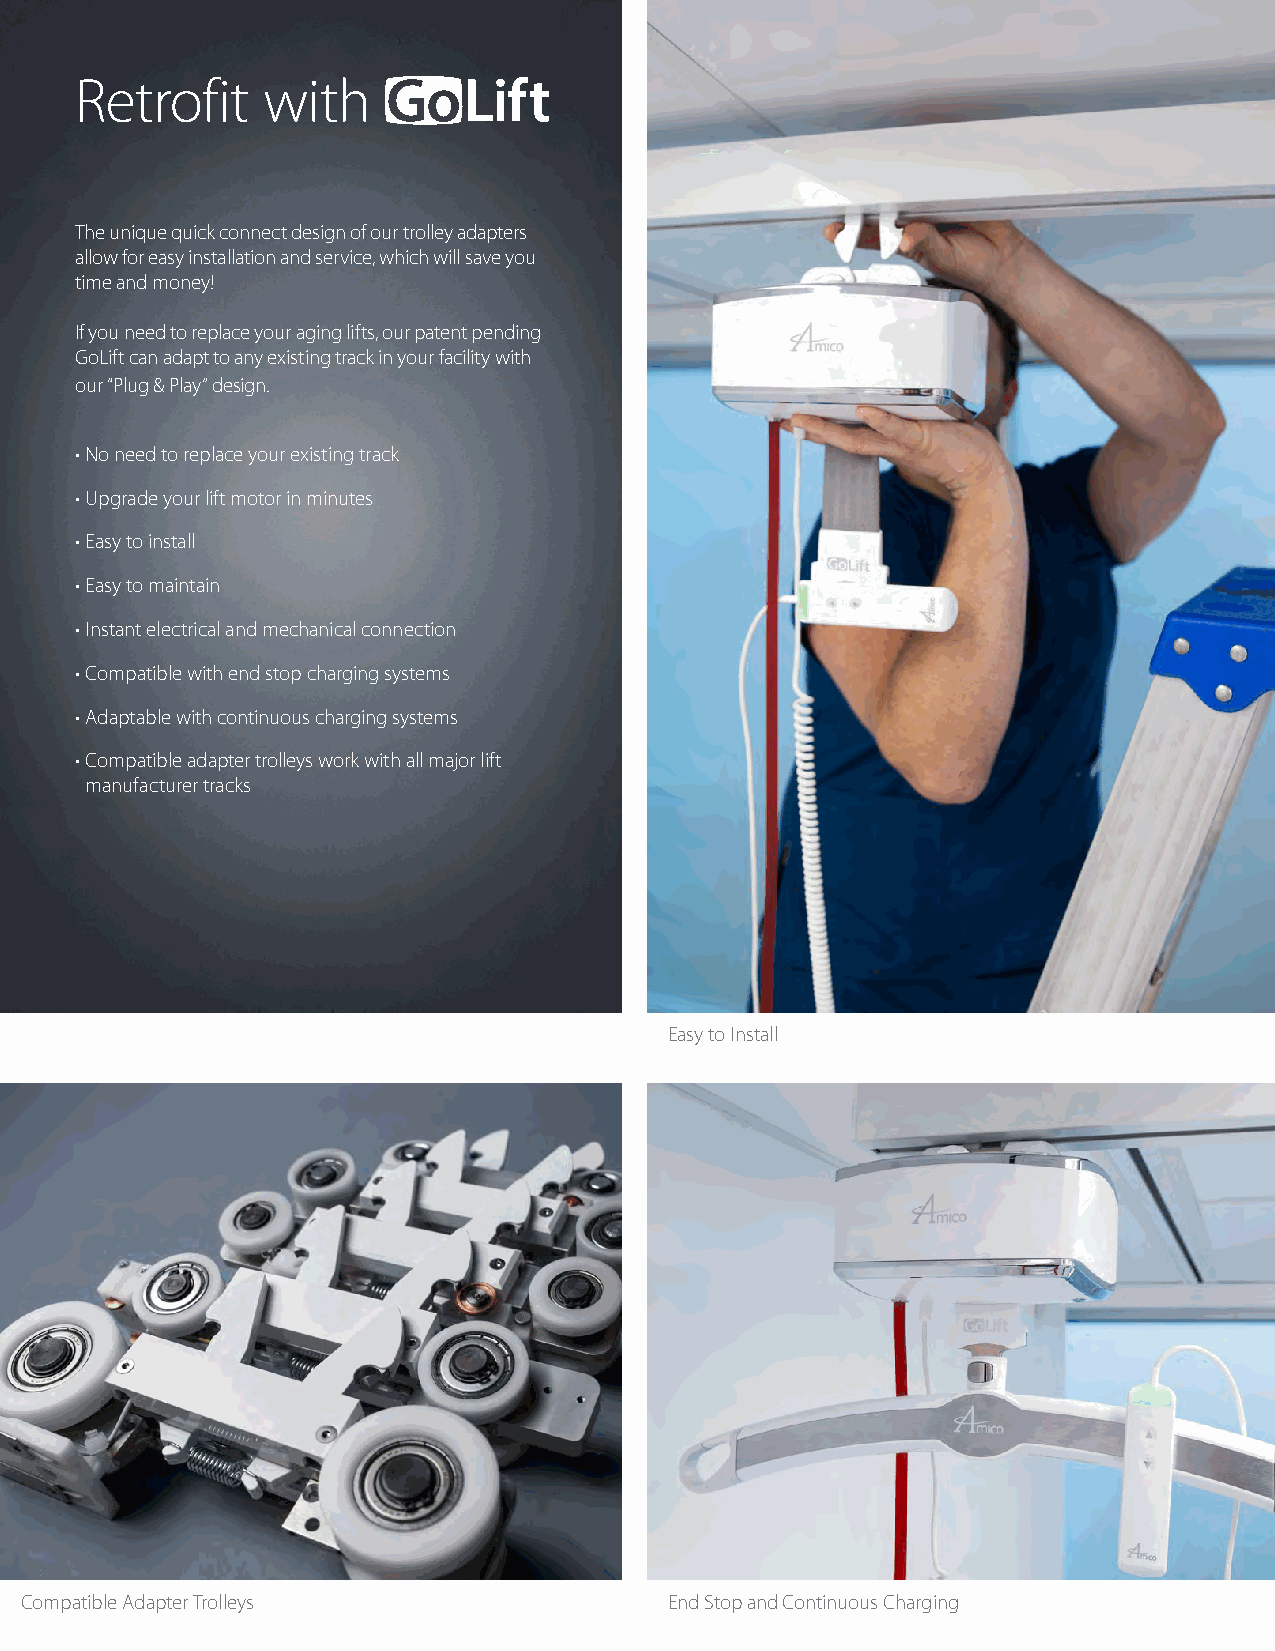
Retrofit    with
 The unique quick connect design of our trolley adapters
 allow for easy installation and service, which will save you
 time and money!
 If you need to replace your aging lifts, our patent pending
 GoLift can adapt to any existing track in your facility with
 our “Plug & Play” design.
 • No need to replace your existing track
 • Upgrade your lift motor in minutes
 • Easy to install
 • Easy to maintain
 • Instant electrical and mechanical connection
 • Compatible with end stop charging systems
 • Adaptable with continuous charging systems
 • Compatible adapter trolleys work with all major lift
 manufacturer tracks
 Easy to Install
 Compatible Adapter Trolleys                End Stop and Continuous Charging